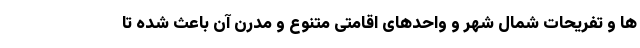
ها و تفریحات شمال شهر و واحدهای اقامتی متنوع و مدرن آن باعث شده تا